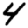
Digit: 4